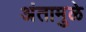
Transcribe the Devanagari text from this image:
अंतामुळे